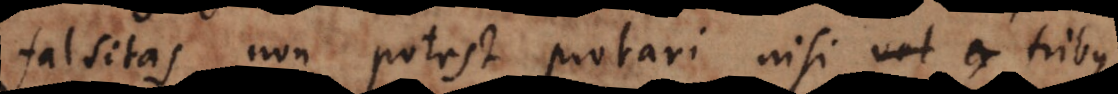
falsitas non potest probari nisi tribus